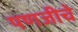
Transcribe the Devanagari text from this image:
पणजीचे